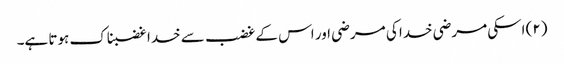
(۲) اسکی مرضی خدا کی مرضی اور اس کے غضب سے خدا غضبناک ہوتا ہے۔